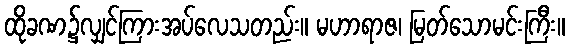
ထိုခဏ၌လျှင်ကြားအပ်လေသတည်း။ မဟာရာဇ၊ မြတ်သောမင်းကြီး။